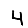
Digit: 4